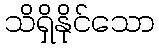
သိရှိနိုင်သော